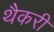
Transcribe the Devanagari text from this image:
थैकरी